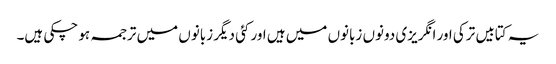
یہ کتابیں ترکی اور انگریزی دونوں زبانوں میں ہیں اور کئی دیگر زبانوں میں ترجمہ ہو چکی ہیں۔